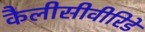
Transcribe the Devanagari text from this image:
कैलीसीवीरिडे